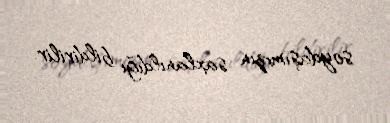
soydaşımızın saxlanıldığı bildirilir.